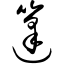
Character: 篷